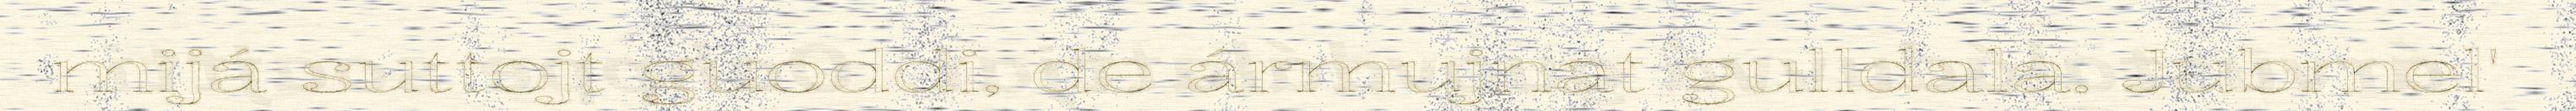
mijá suttojt guoddi, de ármujnat gulldala. Jubmel'